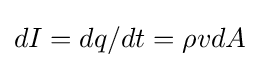
dI=dq/dt=\rho vdA